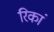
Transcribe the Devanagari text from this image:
रिकां